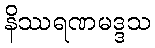
နိဿရဏမဒ္ဒသ